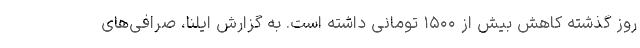
روز گذشته کاهش بیش از ۱۵۰۰ تومانی داشته است. به گزارش ایلنا، صرافی‌های